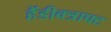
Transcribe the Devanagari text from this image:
हैंडीक्त्राफ्ट